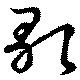
歌